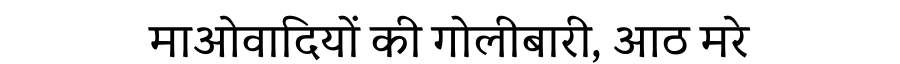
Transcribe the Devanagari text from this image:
माओवादियों की गोलीबारी, आठ मरे